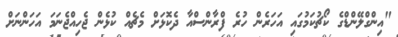
"އިންގްލޭންޑްގެ ކޯޗުކަމުގައި އަހަރެން ހުރެ ފްރާންސްއާ ދެކޮޅަށް މެޗެއް ކުޅެން ޖެހިއްޖެނަމަ އަހަންނަށް